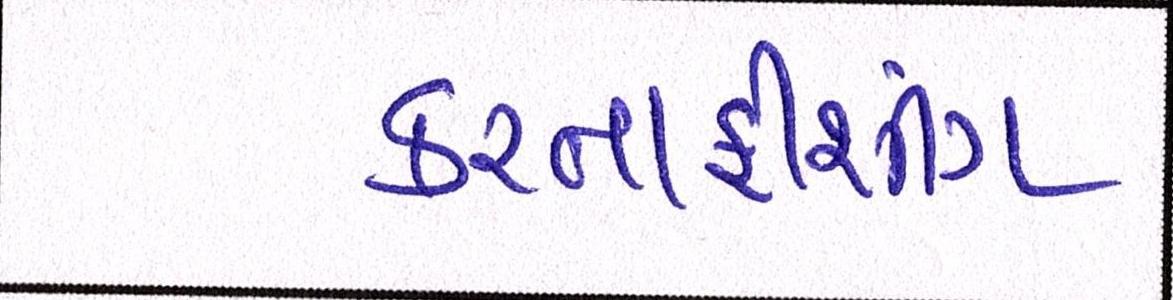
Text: કરતાફીશીંગ